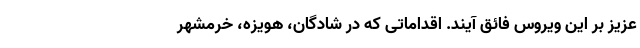
عزیز بر این ویروس فائق آیند. اقداماتی که در شادگان، هویزه، خرمشهر